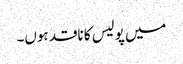
میں پولیس کا ناقد ہوں۔